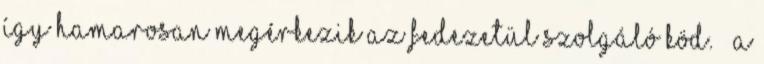
így hamarosan megérkezik az fedezetül szolgáló köd. – A